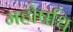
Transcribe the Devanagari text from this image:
महोषधि